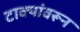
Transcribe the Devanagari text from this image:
टाक्यांवरून